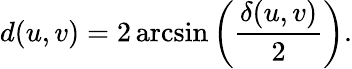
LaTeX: d(u,v)=2\arcsin\left({\frac{\delta(u,v)}{2}}\right).